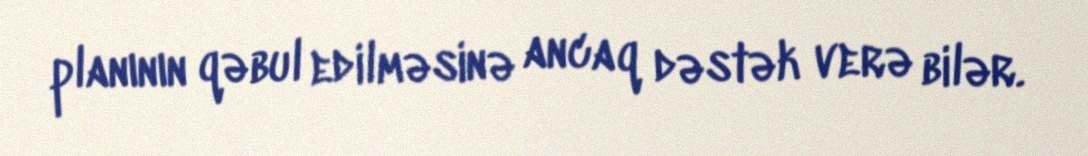
planının qəbul edilməsinə ancaq dəstək verə bilər.